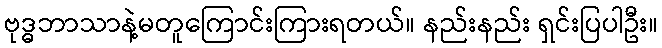
ဗုဒ္ဓဘာသာနဲ့မတူကြောင်းကြားရတယ်။ နည်းနည်း ရှင်းပြပါဦး။